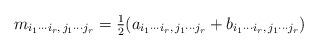
LaTeX: \begin{align*}m_{i_1\cdots i_r,\, j_1\cdots j_r} = \tfrac{1}{2}(a_{i_1\cdots i_r,\, j_1\cdots j_r} + b_{i_1\cdots i_r,\, j_1\cdots j_r})\end{align*}